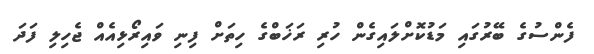
ފެންސުގެ ބޭރުގައި މަޑުކޮށްލައިގެން ހުރި ރަޚަބްގެ ހިތަށް ފިނި ވައިރޯޅިއެއް ޖެހިލި ފަދަ